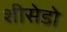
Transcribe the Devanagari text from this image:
शीसेडो